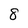
Character: 8